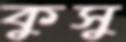
কুসু